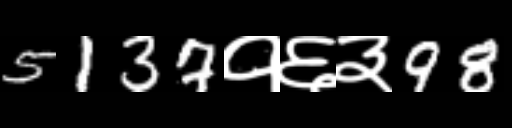
Text: 5137१६३98